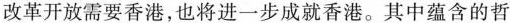
改革开放需要香港，也将进一步成就香港。其中蕴含的哲